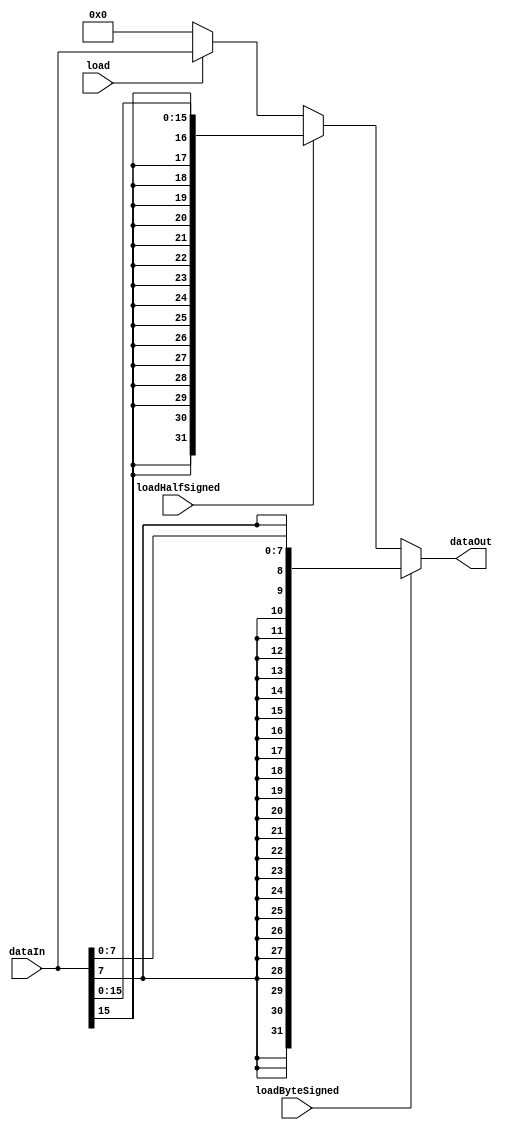
// **************************************************************************************
// Project: AFTAB
// Version: 1.0
// Date:
//
// Module Name: aftab_sulu
// Description:
//
// Dependencies:
//
// File content description:
// sulu for AFTAB datapath
//
// **************************************************************************************
`timescale 1ns/1ns

module aftab_sulu #(parameter size = 32) (
    input loadByteSigned,
    input loadHalfSigned,
    input load,
    input [size-1:0] dataIn,
    output [size-1:0] dataOut
);

    assign dataOut = (loadByteSigned == 1'b1) ? {{24{dataIn[7]}}, dataIn[7:0]} :
                     (loadHalfSigned == 1'b1) ? {{16{dataIn[15]}}, dataIn[15:0]} :
                     (load == 1'b1) ? dataIn :
                     {(size){1'b0}};

endmodule